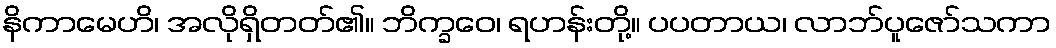
နိကာမေဟိ၊ အလိုရှိတတ်၏။ ဘိက္ခဝေ၊ ရဟန်းတို့။ ပပတာယ၊ လာဘ်ပူဇော်သကာ